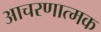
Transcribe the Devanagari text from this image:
आचरणात्मक